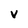
Character: V